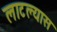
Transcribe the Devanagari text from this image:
लाटल्यास